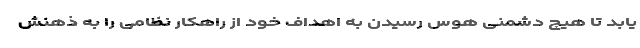
یابد تا هیچ دشمنی هوس رسیدن به اهداف خود از راهکار نظامی را به ذهنش